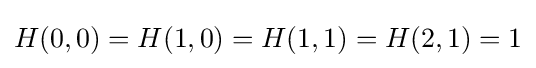
H(0,0)=H(1,0)=H(1,1)=H(2,1)=1